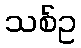
သစ်ဥ